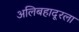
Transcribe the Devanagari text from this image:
अलिबहादूरला